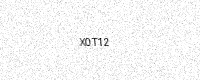
Text: X0T12